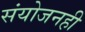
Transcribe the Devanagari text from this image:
संयोजनही